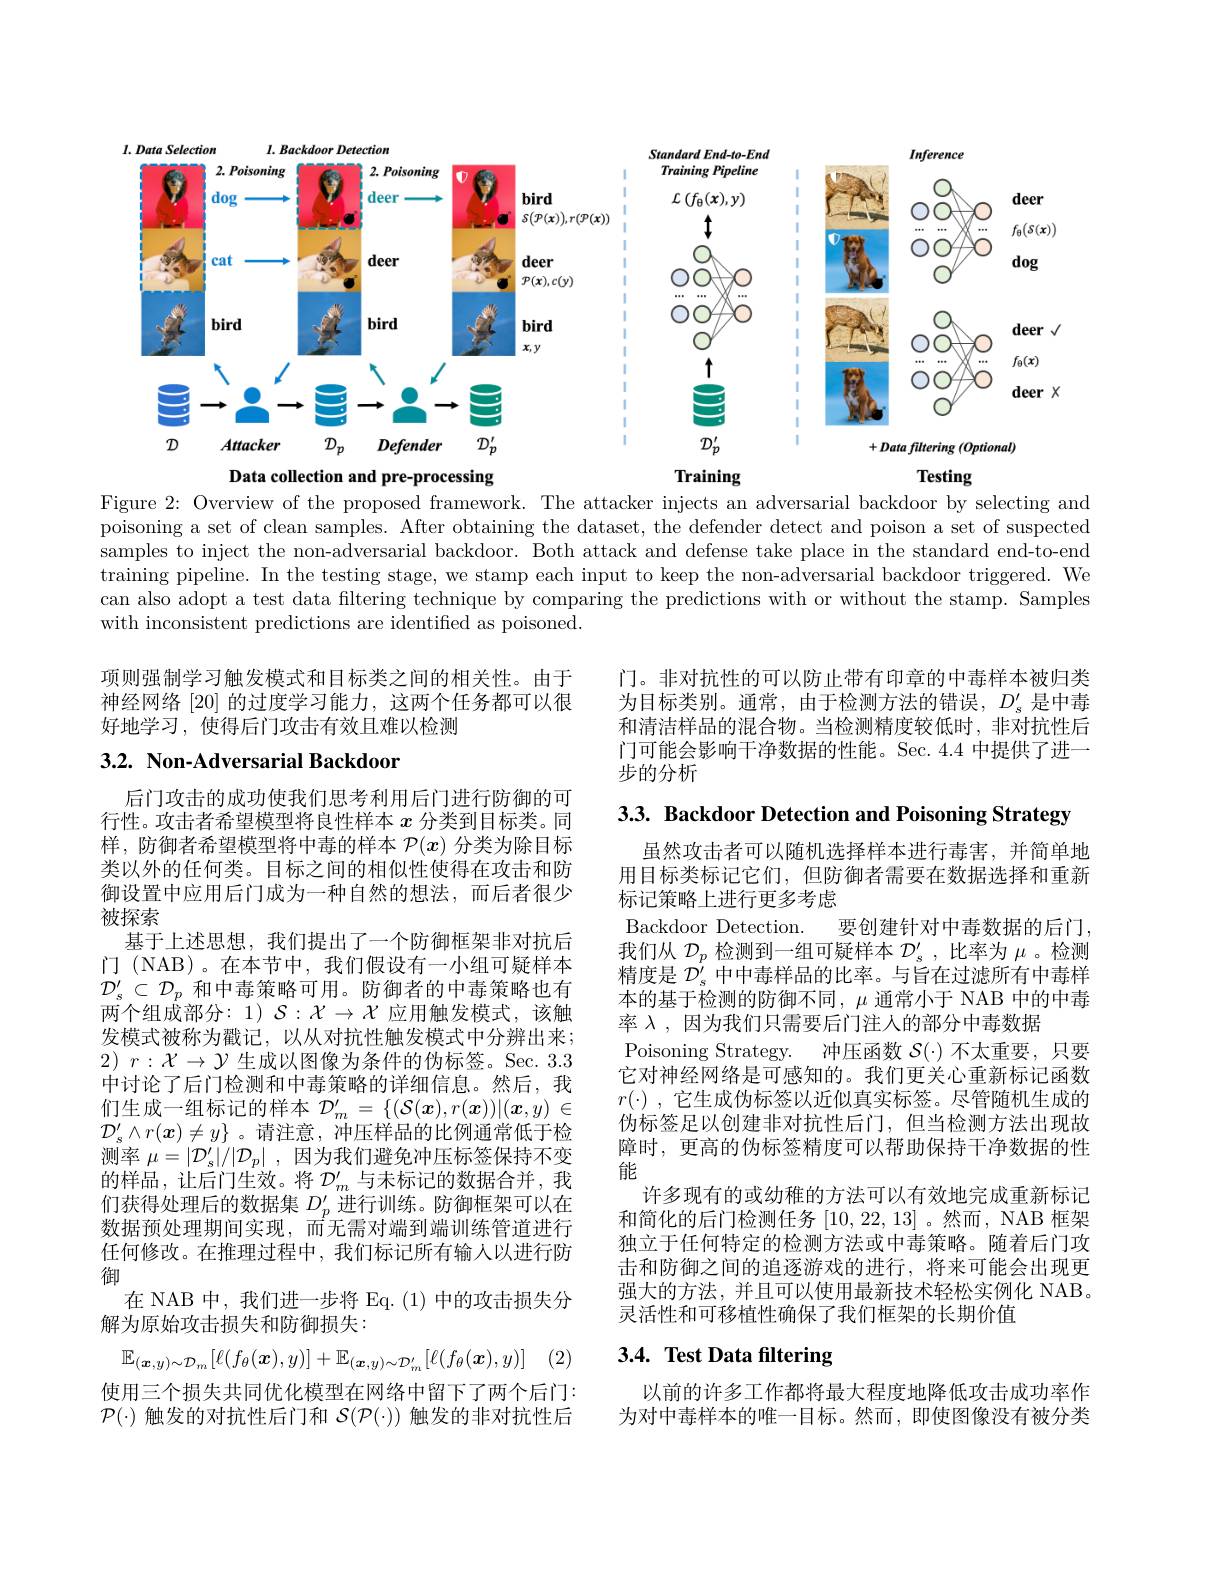
<FigureHere>

Figure 2: Overview of the proposed framework. The attacker injects an adversarial backdoor by selecting and poisoning a set of clean samples. After obtaining the dataset, the defender detect and poison a set of suspected samples to inject the non-adversarial backdoor. Both attack and defense take place in the standard end-to-end training pipeline. In the testing stage, we stamp each input to keep the non-adversarial backdoor triggered. We can also adopt a test data filtering technique by comparing the predictions with or without the stamp. Samples with inconsistent predictions are identified as poisoned.

项则强制学习触发模式和目标类之间的相关性。由于神经网络[20]的过度学习能力，这两个任务都可以很好地学习，使得后门攻击有效且难以检测

门。非对抗性的可以防止带有印章的中毒样本被归类为目标类别。通常，由于检测方法的错误，$D_s^{\prime}$是中毒和清洁样品的混合物。当检测精度较低时，非对抗性后门可能会影响干净数据的性能。Sec. 4.4 中提供了进一步的分析

## 3.2. Non-Adversarial Backdoor

3.3. Backdoor Detection and Poisoning Strategy

后门攻击的成功使我们思考利用后门进行防御的可行性。攻击者希望模型将良性样本$x$分类到目标类。同样，防御者希望模型将中毒的样本$\mathcal{P}(x)$分类为除目标类以外的任何类。目标之间的相似性使得在攻击和防御设置中应用后门成为一种自然的想法，而后者很少被探索
基于上述思想，我们提出了一个防御框架非对抗后门 (NAB)。在本节中，我们假设有一小组可疑样本$\mathcal{D}_s^{\prime}\subset\mathcal{D}_p$和中毒策略可用。防御者的中毒策略也有两个组成部分：1) $\mathcal{S}:\mathcal{X}\to\mathcal{X}$应用触发模式，该触发模式被称为戳记，以从对抗性触发模式中分辨出来； 2) $r: \mathcal{X} \to \mathcal{Y}$生成以图像为条件的伪标签。Sec. 3.3中讨论了后门检测和中毒策略的详细信息。然后，我们生成一组标记的样本$D_m^\prime=\{(\mathcal{S}(\boldsymbol{x}),r(\boldsymbol{x}))|(\boldsymbol{x},y)\in$ $\mathcal{D}_s^{\prime}\wedge r(\boldsymbol{x})\neq y\}$ 。请注意，冲压样品的比例通常低于检测率$\mu=|\mathcal{D}_s^{\prime}|/|\mathcal{D}_p|$ ,因为我们避免冲压标签保持不变的样品，让后门生效。将$D_m^{\prime}$与未标记的数据合并，我们获得处理后的数据集$D_p^{\prime}$进行训练。防御框架可以在数据预处理期间实现，而无需对端到端训练管道进行任何修改。在推理过程中，我们标记所有输人以进行防御
在 NAB 中，我们进一步将 Eq. (1) 中的攻击损失分
解为原始攻击损失和防御损失：
$$\mathbb{E}_{(\boldsymbol{x},y)\sim\mathcal{D}_m}[\ell(f_\theta(\boldsymbol{x}),y)]+\mathbb{E}_{(\boldsymbol{x},y)\sim\mathcal{D}_m^{\prime}}[\ell(f_\theta(\boldsymbol{x}),y)]$$
虽然攻击者可以随机选择样本进行毒害，并简单地用目标类标记它们，但防御者需要在数据选择和重新标记策略上进行更多考虑
Backdoor Detection. 要创建针对中毒数据的后门我们从$\mathcal{D}_p$检测到一组可疑样本$\mathcal{D}_s^\prime$,比率为$\mu$ 。检测精度是$\mathcal{D}_s^{\prime}$中中毒样品的比率。与旨在过滤所有中毒样本的基于检测的防御不同，$\mu$通常小于 NAB 中的中毒率$\lambda$,因为我们只需要后门注人的部分中毒数据
Poisoning Strategy. 冲压函数$\mathcal{S}(\cdot)$不太重要，只要它对神经网络是可感知的。我们更关心重新标记函数$r( \cdot )$ , 它生成伪标签以近似真实标签。尽管随机生成的伪标签足以创建非对抗性后门，但当检测方法出现故障时，更高的伪标签精度可以帮助保持干净数据的性能
许多现有的或幼稚的方法可以有效地完成重新标记和简化的后门检测任务[10,22,13] 。然而，NAB 框架独立于任何特定的检测方法或中毒策略。随着后门攻击和防御之间的追逐游戏的进行，将来可能会出现更强大的方法，并且可以使用最新技术轻松实例化 NAB。灵活性和可移植性确保了我们框架的长期价值

# 3.4. Test Data filtering

使用三个损失共同优化模型在网络中留下了两个后门： $\mathcal{P}(\cdot)$触发的对抗性后门和$\mathcal{S}(\mathcal{P}(\cdot))$触发的非对抗性后

以前的许多工作都将最大程度地降低攻击成功率作为对中毒样本的唯一目标。然而，即使图像没有被分类